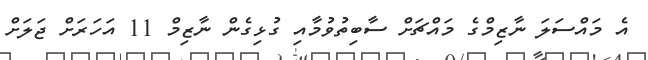
އެ މައްސަލަ ނާޒިމްގެ މައްޗަށް ސާބިތުވުމާއި ގުޅިގެން ނާޒިމް 11 އަހަރަށް ޖަލަށް